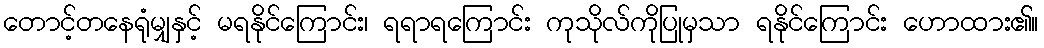
တောင့်တနေရုံမျှနှင့် မရနိုင်ကြောင်း၊ ရရာရကြောင်း ကုသိုလ်ကိုပြုမှသာ ရနိုင်ကြောင်း ဟောထား၏။